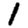
Digit: 1